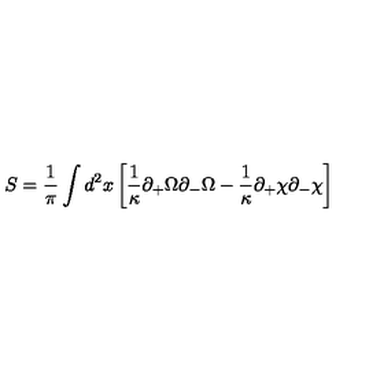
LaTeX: S = \frac { 1 } { \pi } \int \/ d ^ { 2 } x \left[ \frac { 1 } { \kappa } \partial _ { + } \Omega \partial _ { - } \Omega - \frac { 1 } { \kappa } \partial _ { + } \chi \partial _ { - } \chi \right]